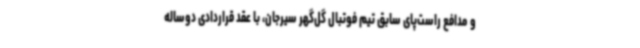
و مدافع راست‌پای سابق تیم فوتبال گل‌گهر سیرجان، با عقد قراردادی دوساله